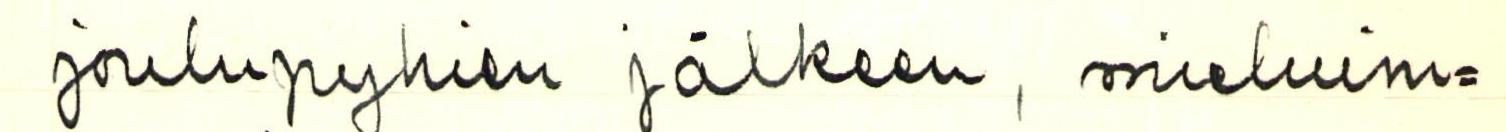
joulupyhien jälkeen, mieluim=